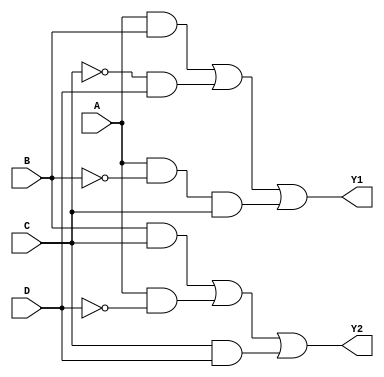
module jewel_pal (
    input wire A,      // Input A
    input wire B,      // Input B
    input wire C,      // Input C
    input wire D,      // Input D
    output wire Y1,    // Output Y1
    output wire Y2     // Output Y2
    // Add more outputs as needed
);

// Define the number of programmable AND gates
parameter NUM_AND_GATES = 4; // Example: 4 programmable AND gates

// Internal wires for AND gate outputs
wire [NUM_AND_GATES-1:0] and_out;

// Programmable AND gates
// Each AND gate can be programmed with specific input combinations
assign and_out[0] = (A & B) | (~C & D); // Example combination for AND gate 0
assign and_out[1] = (A & ~B & C);       // Example combination for AND gate 1
assign and_out[2] = (B & C) | (A & ~D); // Example combination for AND gate 2
assign and_out[3] = (C & D);            // Example combination for AND gate 3

// Fixed OR array
assign Y1 = and_out[0] | and_out[1]; // Output Y1 combines outputs from AND gates 0 and 1
assign Y2 = and_out[2] | and_out[3]; // Output Y2 combines outputs from AND gates 2 and 3

// Add more outputs as needed and connect to the appropriate AND gate outputs

endmodule